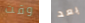
وقت بعد